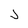
Character: J